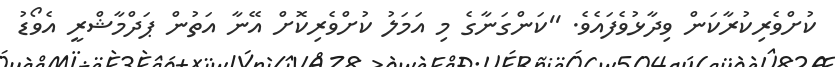
ކުށްވެރިކުރާކަން ވިދާޅުވެފައެވެ. ''ކަންގަނާގެ މި އަމަލު ކުށްވެރިކޮށް އޭނާ އަތުން ޕަދްމާޝްރީ އެވޯޑު